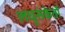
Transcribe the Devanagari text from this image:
लघुसंकेतों